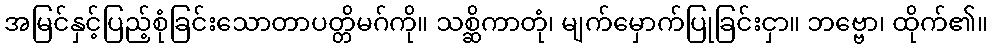
အမြင်နှင့်ပြည့်စုံခြင်းသောတာပတ္တိမဂ်ကို။ သစ္ဆိကာတုံ၊ မျက်မှောက်ပြုခြင်းငှာ။ ဘဗ္ဗော၊ ထိုက်၏။